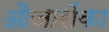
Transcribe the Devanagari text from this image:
औजारोंका